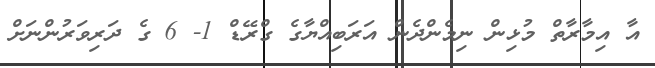
އާ އިމާރާތް މުޅިން ނިމެންދެން އަރަބިއްޔާގެ ގްރޭޑް 1- 6 ގެ ދަރިވަރުންނަށް